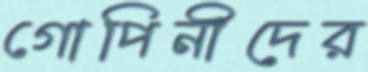
গোপিনীদের